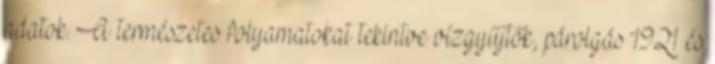
adatok. A természetes folyamatokat tekintve vízgyűjtők, párolgás 1921 és